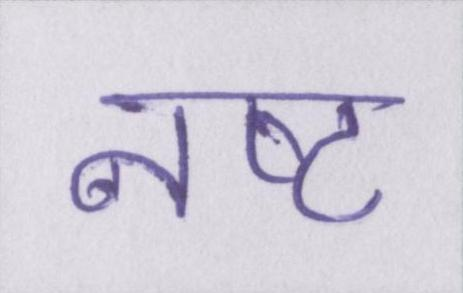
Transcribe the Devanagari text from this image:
नष्ट